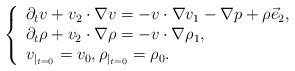
LaTeX: \begin{align*}\left\{ \begin{array}{ll}\partial_{t}v+v_2\cdot\nabla v=-v\cdot\nabla v_1-\nabla p +\rho\vec{e}_2, &\\\partial_{t}\rho+v_2\cdot\nabla\rho =-v\cdot\nabla \rho_1, &\\v_{\vert_{t=0}}=v_0,\rho_{\vert_{t=0}}=\rho_0.\end{array} \right. \end{align*}